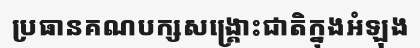
ប្រធានគណបក្សសង្គ្រោះជាតិក្នុងអំឡុង